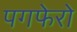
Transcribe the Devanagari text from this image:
पगफेरो